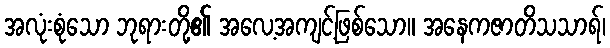
အလုံးစုံသော ဘုရားတို့၏ အလေ့အကျင့်ဖြစ်သော။ အနေကဇာတိသသာရ်၊